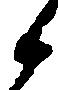
候